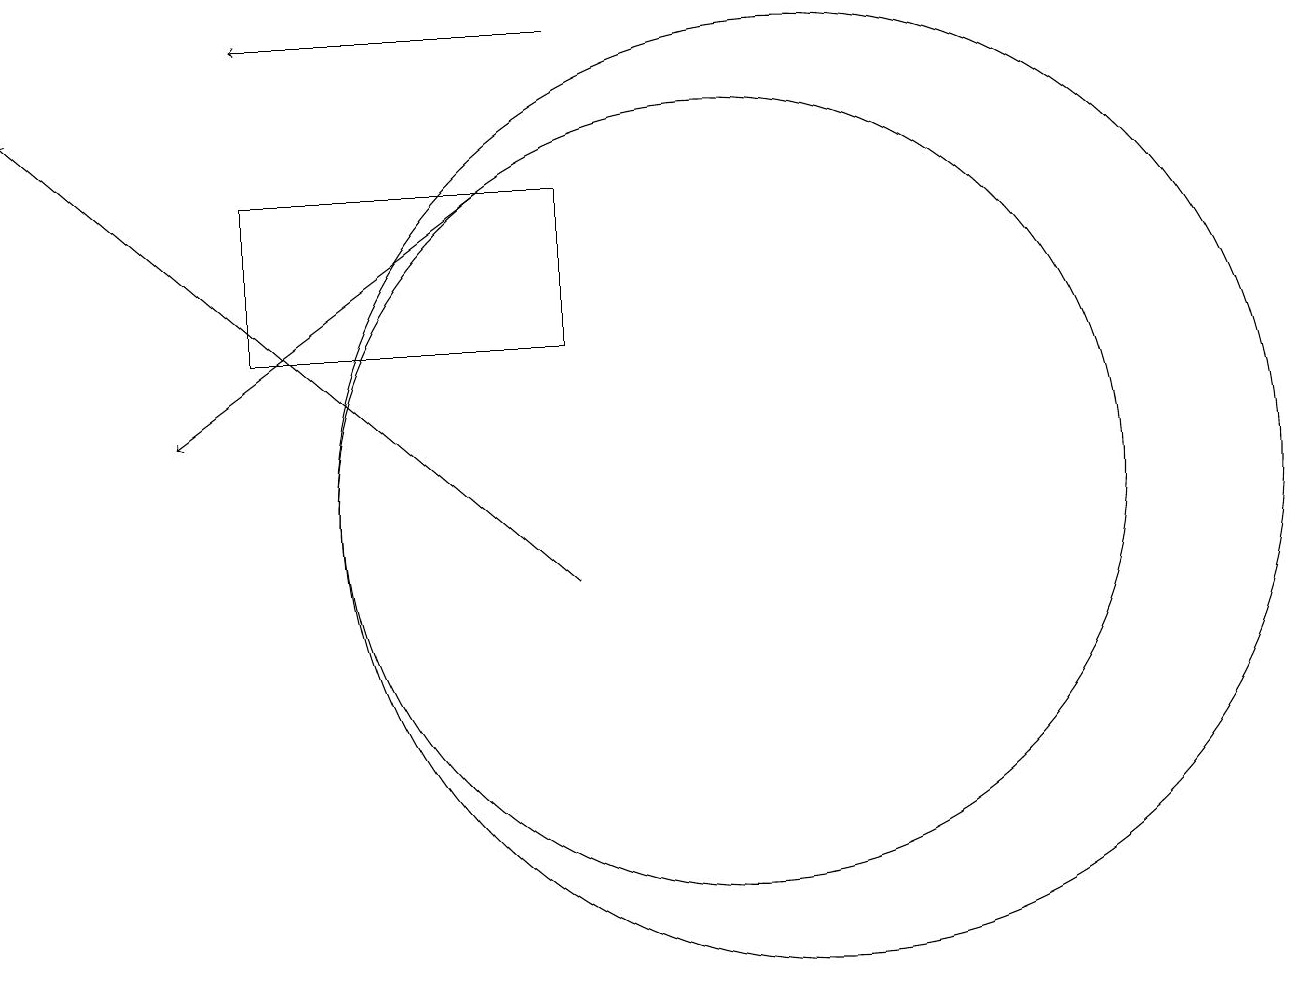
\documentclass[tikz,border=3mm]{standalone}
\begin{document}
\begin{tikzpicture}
\draw[->] (8,17) -- (4,17);
\draw (11,11) circle (6);
\draw[->] (7,15) -- (3,12);
\draw[->] (8,10) -- (1,16);
\draw (4,15) rectangle (8,13);
\draw (10,11) circle (5);
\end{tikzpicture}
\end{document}